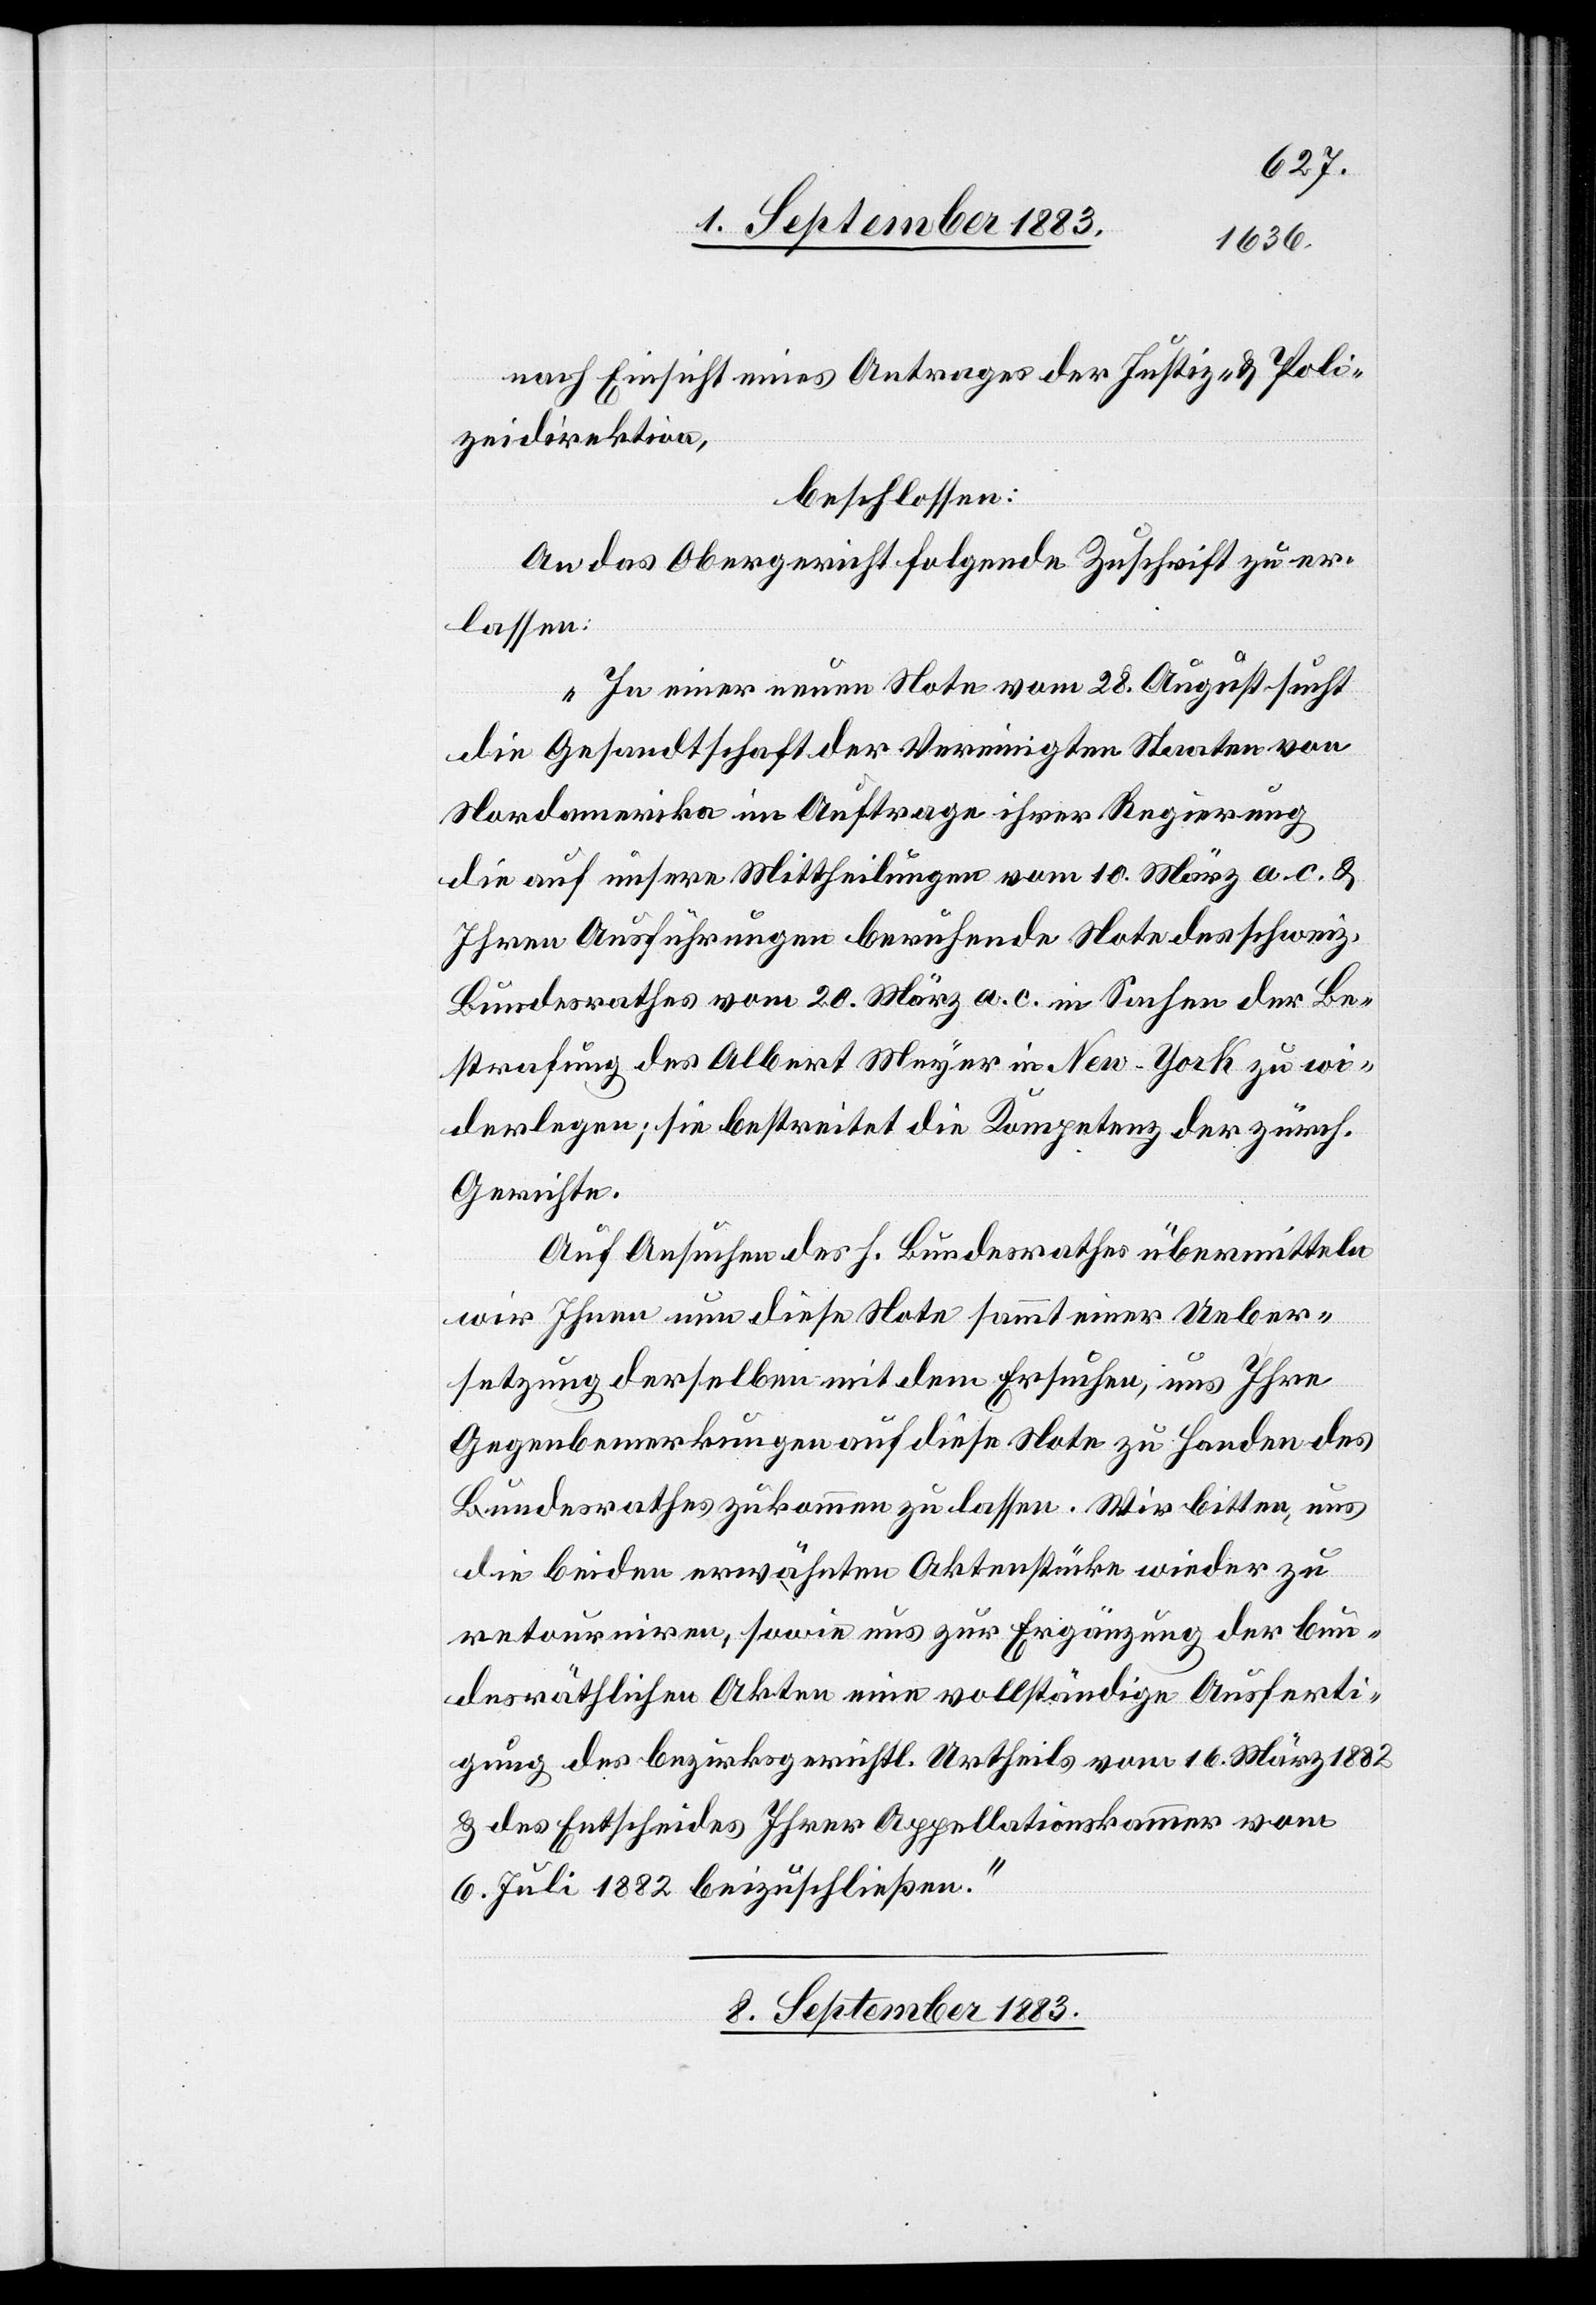
nach Einsicht eines Antrages der Justiz- & Poli¬
zeidirektion,
beschlossen:
An das Obergericht folgende Zuschrift zu er¬
lassen:
„In einer neuen Note vom 28. August such
die Gesandtschaft der Vereinigten Staaten von
Nordamerika im Auftrage ihrer Regierung
die auf unsere Mittheilungen vom 10. März a. c. &
Ihren Ausführungen beruhende Note des schweiz.
Bundesrathes vom 20. März a. c. in Sachen der Be¬
strafung des Alber Meyer in New-York zu wi¬
derlegen; sie bestreitet die Kompetenz der zürch.
Gerichte.
Auf Ansuchen des h. Bundesrathes übermitteln
wir Ihnen nun diese Note sammt einer Ueber¬
setzung derselben mit dem Ersuchen, uns Ihre
Gegenbemerkungen auf diese Note zu handen des
Bundesrathes zukommen zu lassen. Wir bitten, uns
die beiden erwähnten Aktenstücke wieder zu
retourniren, sowie uns zur Ergänzung der bun¬
desräthlichen Akten eine vollständige Ausferti¬
gung des bezirksgerichtl. Urtheils vom 16. März 1882
& des Entscheides Ihrer Appellationskammer vom
6. Juli 1882 beizuschließen.“
8. September 1883.